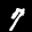
Label: 7